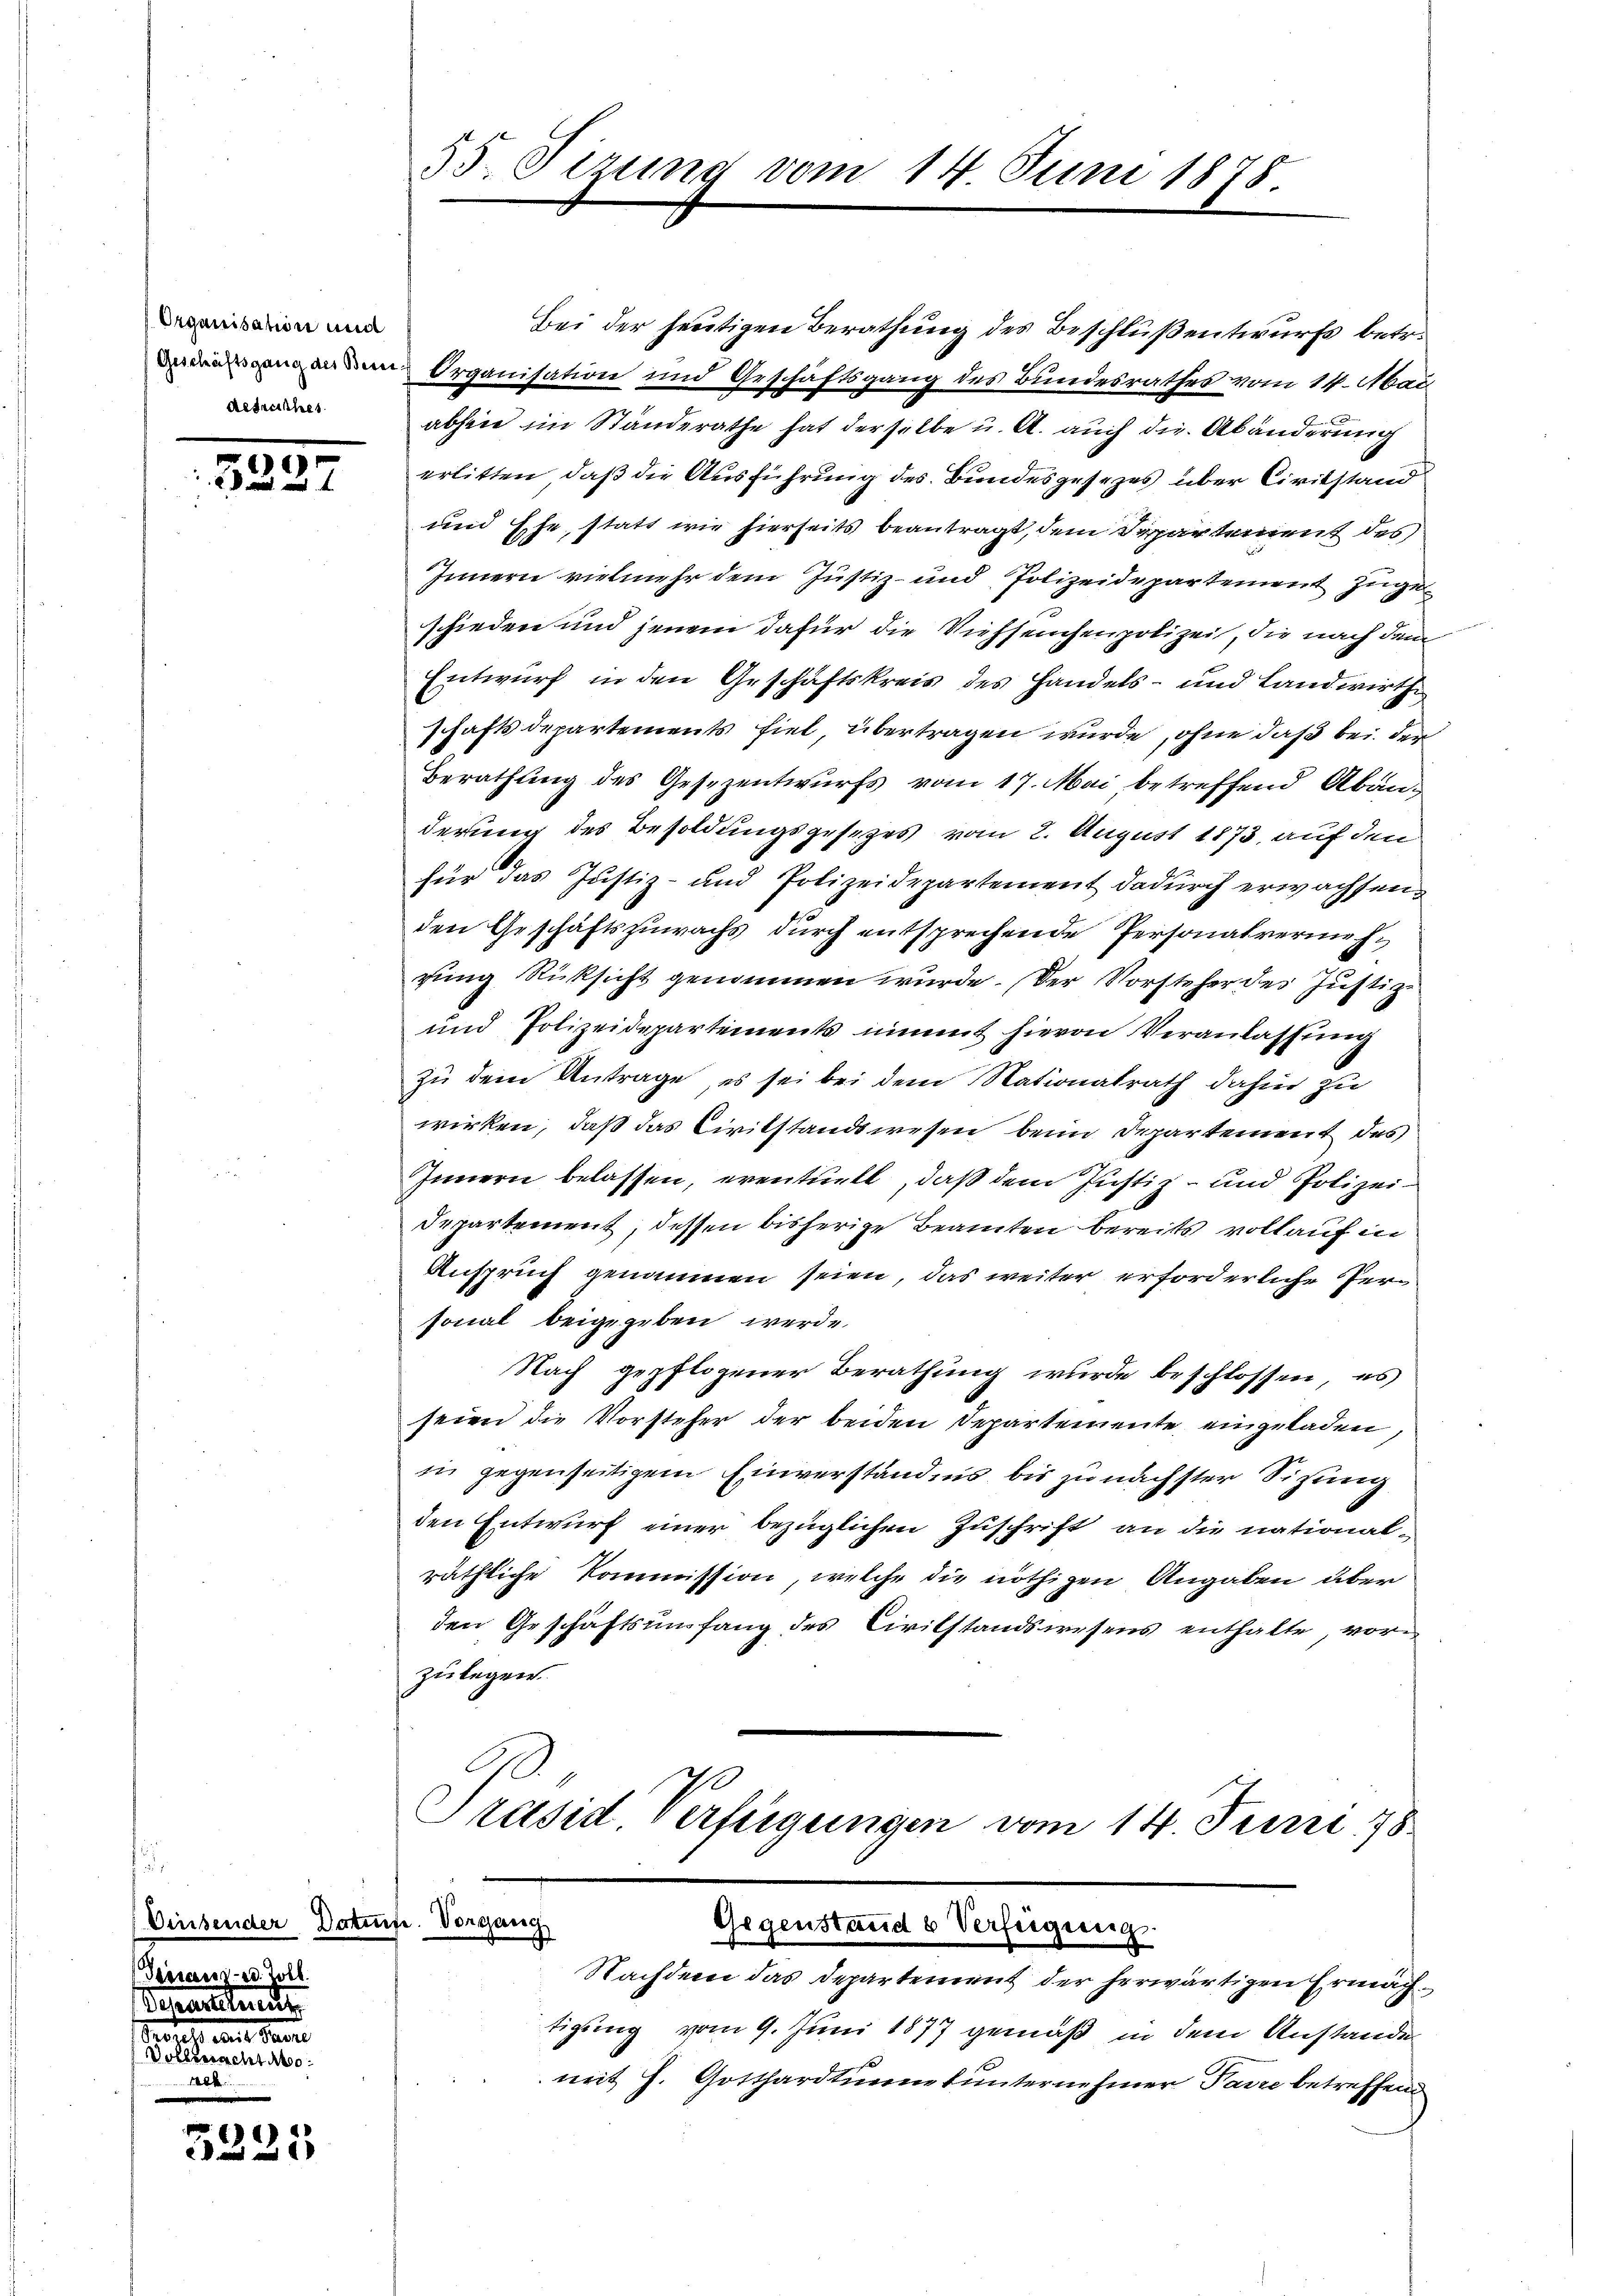
Organisation und
Aetreiches

3227

Vinsender Date
Teinanz- ed. Zoll.
Veransteuer
 eit. Garte
Vollbracht abe

3231

55. Sizung vom 14. Juni 1878

Bei der heutigen Berathung des Beschluß entwurfs betr.
aden Organisation und Geschäftsgang des Bundesrathes vom 14. Mai
abheit im Standerathe hat derselbe u. A. auch die Abänderung
erlitten, daß die Ausführung des Bundesgesezes über Civilstand
und Ehe, statt wie hierseits beantragt, dem Separtement des
Innern vielmehr dem Justiz- und Polizeidepartement zugeschieden und jenem dafür die Viehseuchenpolizei, die nach dem
Entwurf in den Geschäftskreis des Handels- und Landwirth
schaftsdepartements fiel, übertragen wurde, ohne daß bei der
Berathung des Gesezentwurfs vom 17. Mai, betreffend Abänderung des Besoldungsgesezes vom 2. August 1873, auf den
für das Justiz- und Polizeidepartement dadurch erwachsen.
den Geschäftszuwachs durch entsprechende Personalvermehrung Rücksicht genommen wurde. Der Vorsteher des Justiz-
und Polizeidepartements nimmt hievon Veranlassung
zu dem Antrage, es sei bei dem Nationalrath dahin zu
wirken, daß das Civilstandswesen beim Departement des
Innern belassen, eventuell, daß dem Justiz- und Polizei¬
Departement, dessen bisherige Beamten bereits voll auf in
Anspruch genommen seien, das weiter erforderliche Personal beigegeben werde.
Nach gepflogener Berathung wurde beschlossen, es
seien die Vorsteher der beiden Departemente eingeladen,
in gegenseitigem Einverständnis bis zunächster Sitzung
den Entwurf einer bezüglichen Zuschrift an die national-
räthliche Kommission, welche die nöthigen Angaben über
den Geschäftsumfang des Civilstandswesens enthalte, vorzulegen.
Präsid. Verfügungen vom 14. Juni 18

ufe. Vorgang
Nachdem das Departement der herwärtigen Ermäch¬

Gegenstand u Verfügung.

tigung vom 9. Juni 1877 gemäß in dem Anstande
mit H. Gotthardtuum tunternehmer Parre betreffend

unsere ins